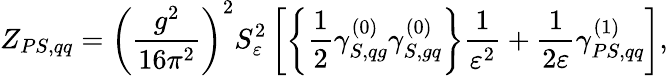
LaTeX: Z_{PS,qq}=\left(\frac{g^{2}}{16\pi^{2}}\right)^{2}S_{\varepsilon}^{2}\left[\left\{ \frac{1}{2}\gamma_{S,qg}^{(0)}\gamma_{S,gq}^{(0)}\right\} \frac{1}{\varepsilon^{2}}+\frac{1}{2\varepsilon}\gamma_{PS,qq}^{(1)}\right],